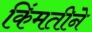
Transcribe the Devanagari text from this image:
किंमतीने